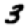
Digit: 3